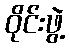
ဝိုင်းဖွဲ့